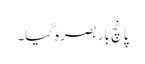
پانچ بار بصرہ گیا۔